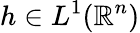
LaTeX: h\in L^{1}(\mathbb{R}^{n})